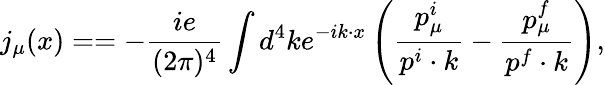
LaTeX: j_{\mu}(x)==-\frac{ie}{(2\pi)^{4}}\int d^{4}ke^{-ik\cdot x}\left(\frac{p_{\mu}^{i}}{p^{i}\cdot k}-\frac{p_{\mu}^{f}}{p^{f}\cdot k}\right),